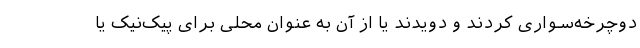
دوچرخه‌سواری کردند و دویدند یا از آن به عنوان محلی برای پیک‌نیک یا